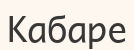
Кабаре